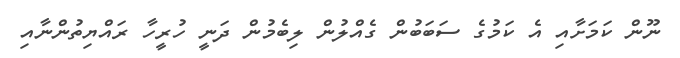
ނޫން ކަމަށާއި އެ ކަމުގެ ސަބަބުން ގެއްލުން ލިބެމުން ދަނީ ހުރީހާ ރައްޔިތުންނާއި